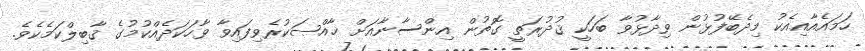
ހަމައެއާއިއެކު މިދެބޭފުޅުން ވިދާޅުވާ ބަހަކީ ޤުދުރަތީ ގޮތުން އިންސާނާއަށް ޚާއްޞަކުރެވިފައިވާ ވާހަކަދެއްކުމުގެ ޤާބިލްކަމެކެވެ.